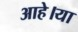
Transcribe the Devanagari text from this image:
आहे।या